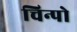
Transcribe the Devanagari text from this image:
चिन्पो